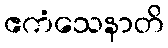
ဧကံသေနာတိ